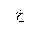
Letter: _kha